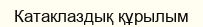
Катаклаздық құрылым